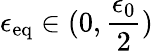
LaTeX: \epsilon_{\mathrm{eq}}\in(0,\frac{\epsilon_{0}}{2})